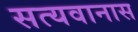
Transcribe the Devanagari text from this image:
सत्यवानास